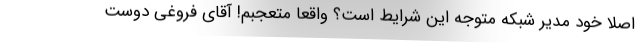
اصلا خود مدیر شبکه متوجه این شرایط است؟ واقعا متعجبم! آقای فروغی دوست